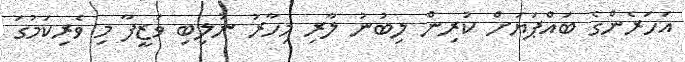
އަހަރެންގެ ބައްޕަޔަށް ކުރިން ލިބުނު ލާރި މިހާރު ނުލިބި ވަޒީފާ މި ވެރިކަމުގަ